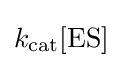
k_{{\ce {cat}}}[{\ce {ES}}]